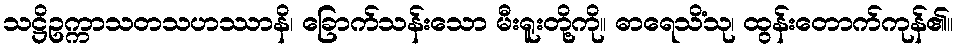
သဋ္ဌိဥက္ကာသတသဟဿာနိ၊ ခြောက်သန်းသော မီးရူးတို့ကို။ ဓာရေသိံသု၊ ထွန်းတောက်ကုန်၏။